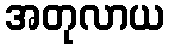
အတုလာယ